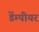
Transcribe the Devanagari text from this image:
डेंम्पीयर